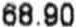
68.90